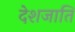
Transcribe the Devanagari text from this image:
देशजाति